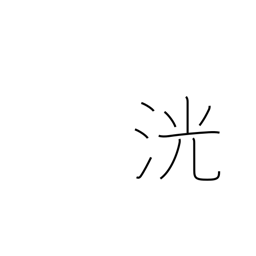
Meaning: sparkling water